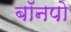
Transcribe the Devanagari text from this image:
बॉनपो